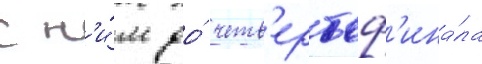
с н'и́м до́ четв'ертьф'ина́ла